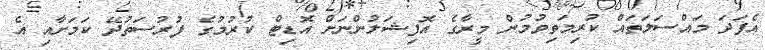
އެފަދަ މައްސަލަތައް ކުރިމަތިވުމުން މީރާގެ އޮފިޝަލުންނަށް އޮޑިޓް ކުރުމުގެ ފުރުސަތުދޭ ކަމަށާއި އެ